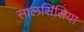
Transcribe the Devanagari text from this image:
सालसिसिया